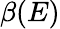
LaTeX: \beta(E)